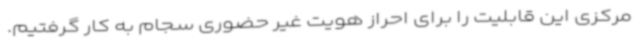
مرکزی این قابلیت را برای احراز هویت غیر حضوری سجام به کار گرفتیم.